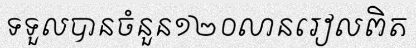
ទទួលបានចំនួន១២០លានរៀលពិត